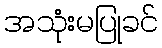
အသုံးမပြုခင်